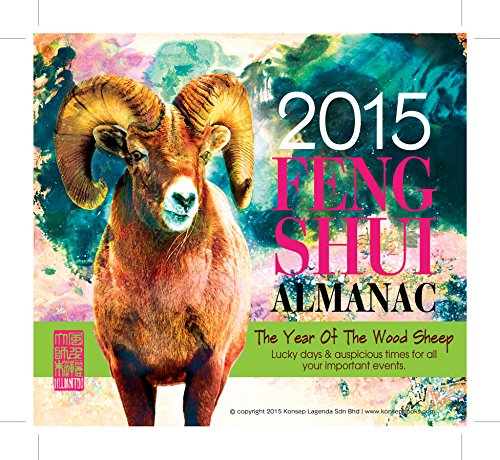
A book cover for Feng Shui Almanac 2015; Lillian Too; Calendars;